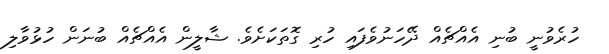
ހުރެވުނީ ބުނި އެއްޗެއް ދޭހަނުވެފައި ހުރި ގޮތަކަށެވެ. ޝާލީން އެއްޗެއް ބުނަން ހުޅުވާލި